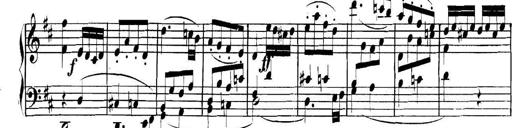
Title: Collected Piano Sonatas
Composer: Muzio Clementi